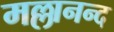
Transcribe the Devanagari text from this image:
मल्लानन्द